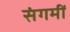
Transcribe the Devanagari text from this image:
संगमीं